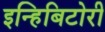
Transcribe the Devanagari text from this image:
इन्हिबिटोरी